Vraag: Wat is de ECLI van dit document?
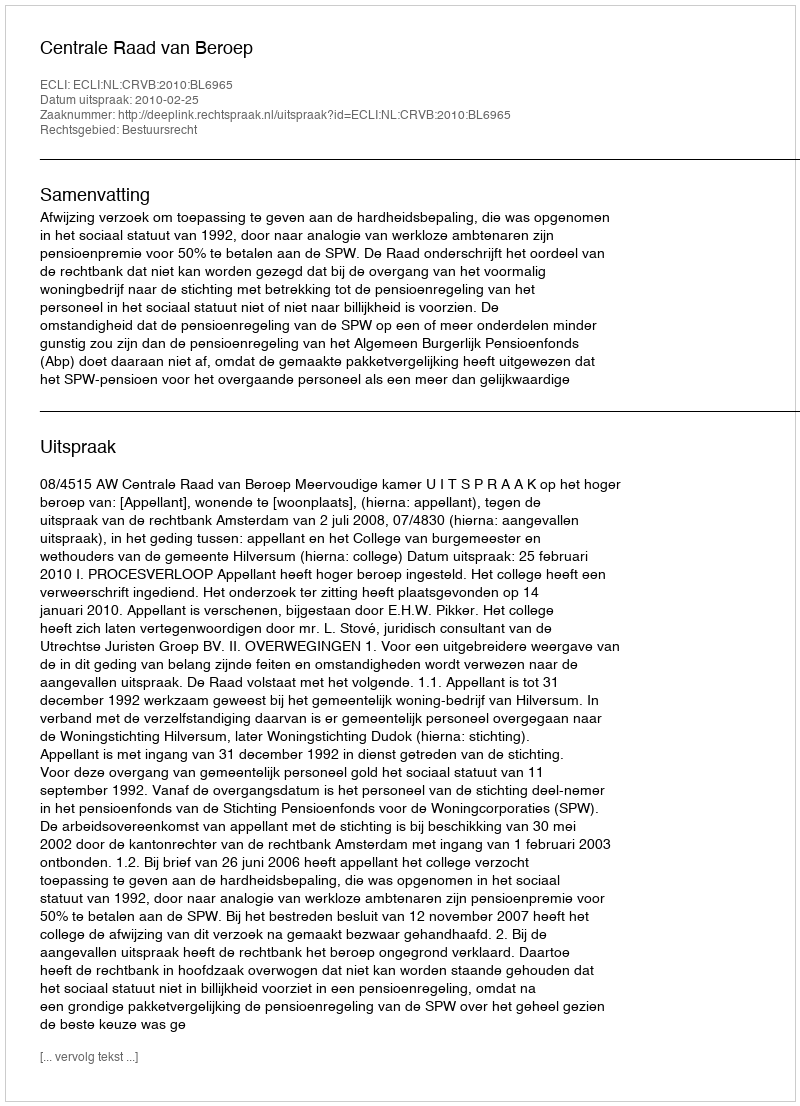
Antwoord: ECLI:NL:CRVB:2010:BL6965